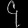
Digit: ၄